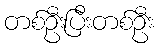
တစ်ဦးပြီးတစ်ဦး